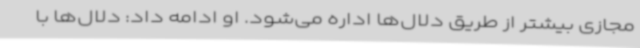
مجازی بیشتر از طریق دلال‌ها اداره می‌شود. او ادامه داد: دلال‌ها با